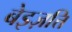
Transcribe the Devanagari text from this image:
बेइज़त्ति